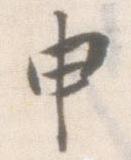
申